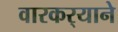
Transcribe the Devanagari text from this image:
वारकर्‍याने